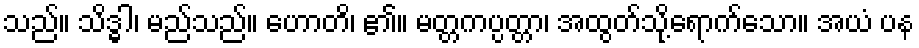
သည်။ သိဒ္ဓါ၊ မည်သည်။ ဟောတိ၊ ၏။ မတ္တကပ္ပတ္တာ၊ အထွတ်သို့ရောက်သော။ အယံ ပန